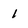
Character: 1